Civil Veterinary Dept. North-West Frontier Province 1901-22 - 1901-1922
Year: 1901
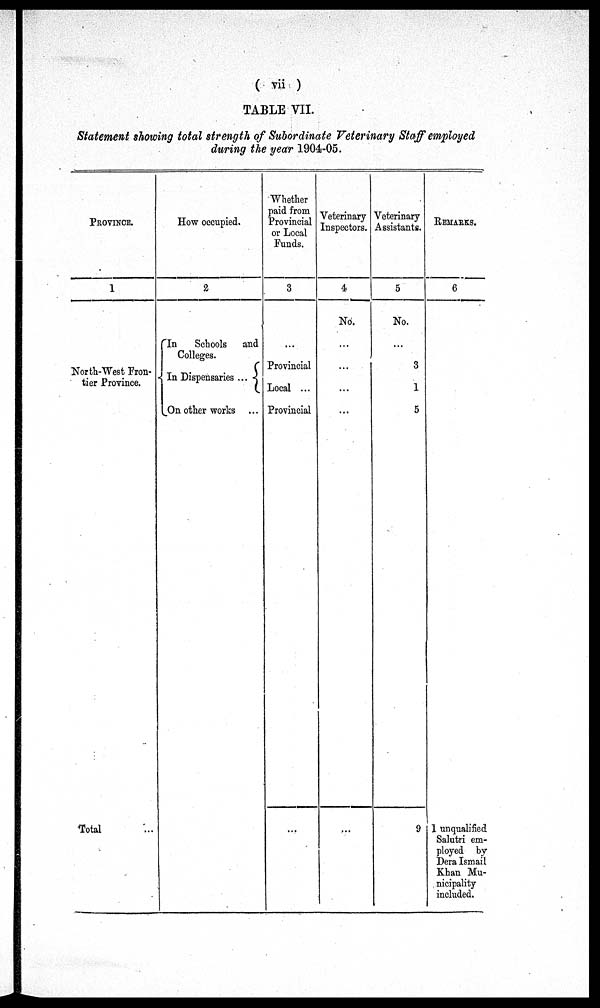
(vii)
TABLE VII.
Statement showing total strength of Subordinate Veterinary Staff employed
during the year 1904-05.
PROVINCE.
1
North-West Fron-
tier Province.
Total ...
How occupied.
2
In
Schools and
Colleges.
In Dispensaries ...
On other works
Whether
paid from
Provincial
or Local
Funds.
3
...
Provincial
Local ...
Provincial
...
Veterinary
Inspectors.
4
No.
...
...
...
...
...
Veterinary
Assistants.
5
No.
...
3
1
5
9
REMARKS.
6
1 unqualified
Salutri em-
ployed by
Dera Ismail
Khan Mu-
nicipality
included.